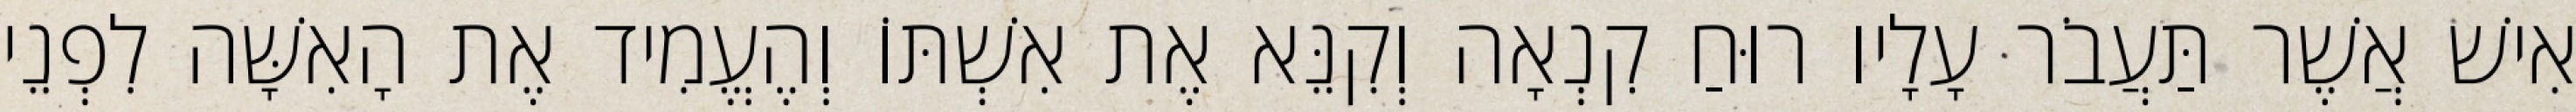
אִישׁ אֲשֶׁר תַּעֲבֹר עָלָיו רוּחַ קִנְאָה וְקִנֵּא אֶת אִשְׁתּוֹ וְהֶעֱמִיד אֶת הָאִשָּׁה לִפְנֵי